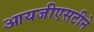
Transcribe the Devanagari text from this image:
आयजीएसटीने